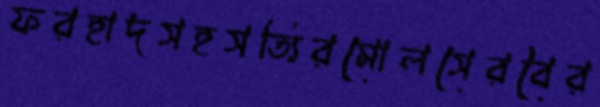
ফরহাদসহসত্যিরমোলসেরবৈর